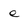
Character: e